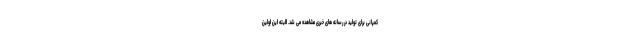
کمپانی برای تولید در رسانه های خبری مشاهده می شد. البته این اولین